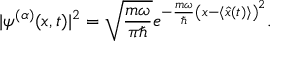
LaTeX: | \psi ^ { ( \alpha ) } ( x , t ) | ^ { 2 } = { \sqrt { \frac { m \omega } { \pi \hbar } } } e ^ { - { \frac { m \omega } { \hbar } } \left( x - \langle { \hat { x } } ( t ) \rangle \right) ^ { 2 } } .